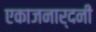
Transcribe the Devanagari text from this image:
एकाजनार्दनी